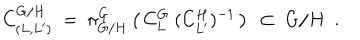
C _ { ( L , L ^ { \prime } ) } ^ { G / H } \ = \ \pi _ { G / H } ^ { G } \left( \, C _ { L } ^ { G } \ ( C _ { L ^ { \prime } } ^ { H } ) ^ { - 1 } \, \right) \ \subset \ G / H \ \ .